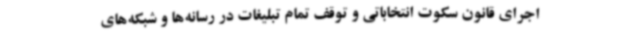
اجرای قانون سکوت انتخاباتی و توقف تمام تبلیغات در رسانه‌ها و شبکه‌های